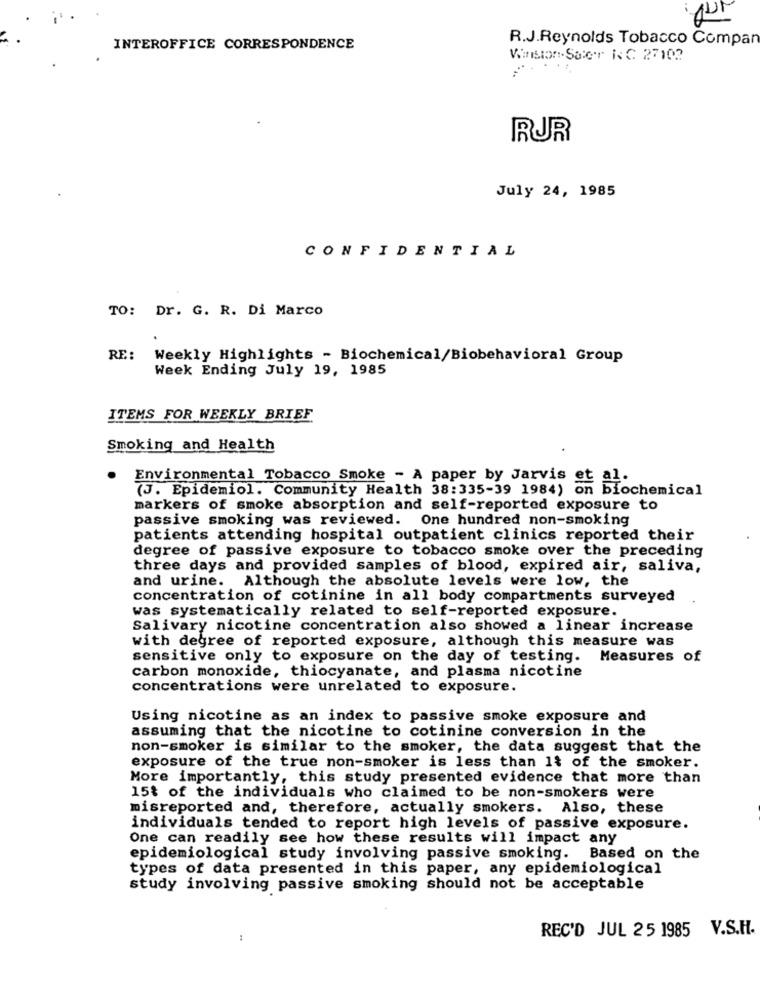
R.J.Reynolds Tobacco Compan
INTEROFFICE CORRESPONDENCE
Vision-Ster NC. 27102
RUR
July 24, 1985
CONFIDENTIAL
TO: Dr. G. R. Di Marco
RE:
Weekly Highlights - Biochemical/Biobehavioral Group
Week Ending July 19, 1985
ITEMS FOR WEEKLY BRIEF
Smoking and Health
Environmental Tobacco Smoke - A paper by Jarvis et al.
(J. Epidemiol. Community Health 38:335-39 1984) on biochemical
markers of smoke absorption and self-reported exposure to
passive smoking was reviewed.
One hundred non-smoking
patients attending hospital outpatient clinics reported their
degree of passive exposure to tobacco smoke over the preceding
three days and provided samples of blood, expired air, saliva,
and urine. Although the absolute levels were low, the
concentration of cotinine in all body compartments surveyed
was systematically related to self-reported exposure.
Salivary nicotine concentration also showed a linear increase
with degree of reported exposure, although this measure was
sensitive only to exposure on the day of testing. Measures of
carbon monoxide, thiocyanate, and plasma nicotine
concentrations were unrelated to exposure.
Using nicotine as an index to passive smoke exposure and
assuming that the nicotine to cotinine conversion in the
non-smoker is similar to the smoker, the data suggest that the
exposure of the true non-smoker is less than 1t of the smoker.
More importantly, this study presented evidence that more than
15% of the individuals who claimed to be non-smokers were
misreported and, therefore, actually smokers. Also, these
individuals tended to report high levels of passive exposure.
One can readily see how these results will impact any
epidemiological study involving passive smoking. Based on the
types of data presented in this paper, any epidemiological
study involving passive smoking should not be acceptable
REC'D JUL 25 1985 V.S.H.
: